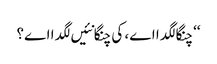
‘‘ چنگا لگدا اے، کی چنگا نئیں لگدا اے؟